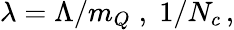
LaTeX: \lambda=\Lambda/m_{Q}\; ,\; 1/N_{c}\, ,